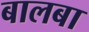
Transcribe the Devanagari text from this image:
बालबा